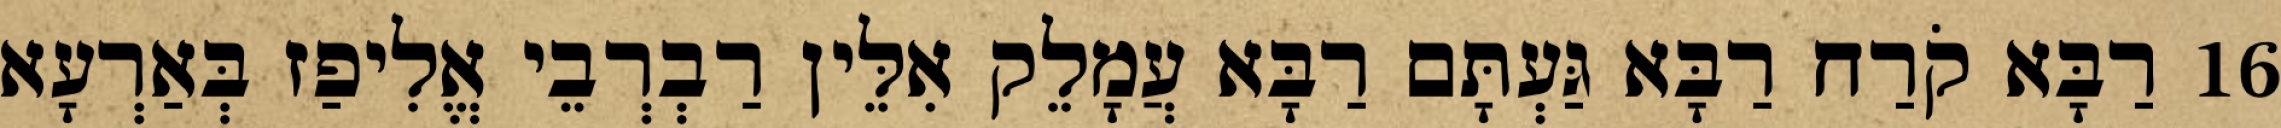
16 רַבָּא קֹרַח רַבָּא גַּעְתָּם רַבָּא עֲמָלֵק אִלֵּין רַבְרְבֵי אֱלִיפַז בְּאַרְעָא